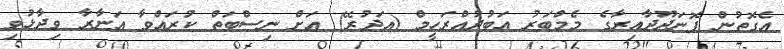
އެގޮތުން ފޮނަދޫދާއިރާގެ މެމްބަރު އަބުދުއްރަހީމް (އަދުރޭ) އަށް ނިސްބަތް ކުރައްވާ އަނާރާ ވިދާޅުވި